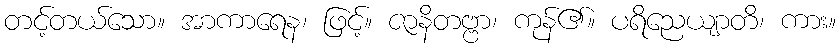
တင့်တယ်သော။ အာကာရေန၊ ဖြင့်။ ဇာနိတဗ္ဗာ၊ ကုန်၏။ ပရိညေယျာတိ၊ ကား။